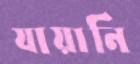
যায়ানি